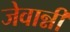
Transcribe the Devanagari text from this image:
जेवान्नी